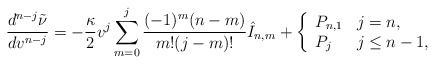
\begin{align*} \frac{d^{n-j}\tilde{\nu}}{dv^{n-j}}=-\frac{\kappa}{2}v^j\sum_{m=0}^j\frac{(-1)^m(n-m)}{m!(j-m)!}\hat{I}_{n,m}+\left\{ \begin{array}{ll} P_{n,1} & j=n,\\ P_j & j\leq n-1, \end{array}\right.\end{align*}